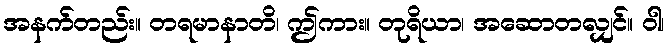
အနက်တည်း။ တရမာနာတိ၊ ဤကား။ တုရိယာ၊ အဆောတလျှင်။ ဝါ၊